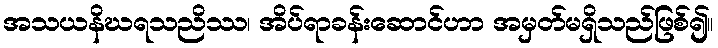
အသယနိဃရသညိဿ၊ အိပ်ရာခန်းဆောင်ဟာ အမှတ်မရှိသည်ဖြစ်၍။